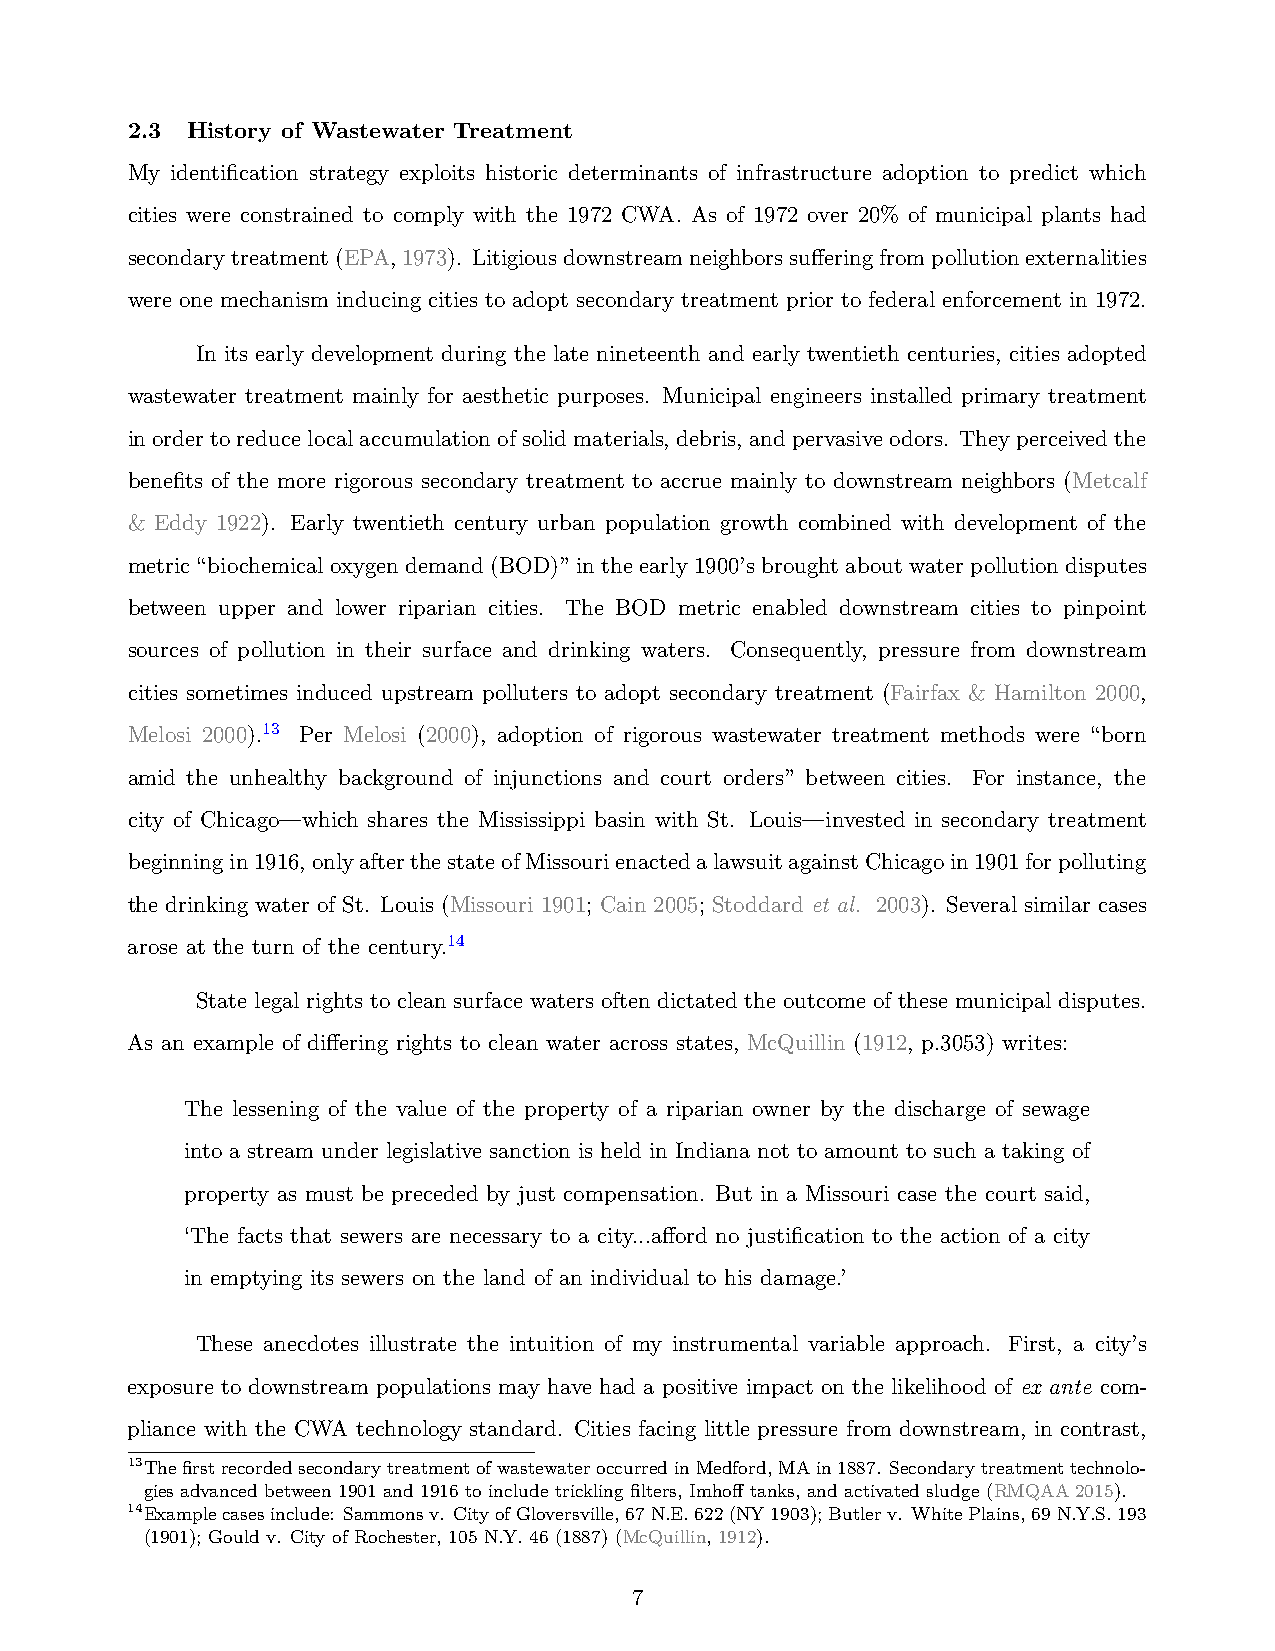
2.3 History of Wastewater Treatment
 My identification strategy exploits historic determinants of infrastructure adoption to predict which
 cities were constrained to comply with the 1972 CWA. As of 1972 over 20% of municipal plants had
 secondarytreatment(EPA,1973). Litigiousdownstreamneighborssufferingfrompollutionexternalities
 were one mechanism inducing cities to adopt secondary treatment prior to federal enforcement in 1972.
 In its early development during the late nineteenth and early twentieth centuries, cities adopted
 wastewater treatment mainly for aesthetic purposes. Municipal engineers installed primary treatment
 inordertoreducelocalaccumulationofsolidmaterials, debris, andpervasiveodors. Theyperceivedthe
 benefits of the more rigorous secondary treatment to accrue mainly to downstream neighbors (Metcalf
 & Eddy 1922). Early twentieth century urban population growth combined with development of the
 metric “biochemical oxygen demand (BOD)” in the early 1900’s brought about water pollution disputes
 between upper and lower riparian cities. The BOD metric enabled downstream cities to pinpoint
 sources of pollution in their surface and drinking waters. Consequently, pressure from downstream
 cities sometimes induced upstream polluters to adopt secondary treatment (Fairfax & Hamilton 2000,
 Melosi 2000).13 Per Melosi (2000), adoption of rigorous wastewater treatment methods were “born
 amid the unhealthy background of injunctions and court orders” between cities. For instance, the
 city of Chicago—which shares the Mississippi basin with St. Louis—invested in secondary treatment
 beginningin1916,onlyafterthestateofMissourienactedalawsuitagainstChicagoin1901forpolluting
 the drinking water of St. Louis (Missouri 1901; Cain 2005; Stoddard et al. 2003). Several similar cases
 arose at the turn of the century.14
 State legal rights to clean surface waters often dictated the outcome of these municipal disputes.
 As an example of differing rights to clean water across states, McQuillin (1912, p.3053) writes:
 The lessening of the value of the property of a riparian owner by the discharge of sewage
 into a stream under legislative sanction is held in Indiana not to amount to such a taking of
 property as must be preceded by just compensation. But in a Missouri case the court said,
 ‘The facts that sewers are necessary to a city...afford no justification to the action of a city
 in emptying its sewers on the land of an individual to his damage.’
 These anecdotes illustrate the intuition of my instrumental variable approach. First, a city’s
 exposure to downstream populations may have had a positive impact on the likelihood of ex ante com-
 pliance with the CWA technology standard. Cities facing little pressure from downstream, in contrast,
 13ThefirstrecordedsecondarytreatmentofwastewateroccurredinMedford,MAin1887. Secondarytreatmenttechnolo-
 gies advanced between 1901 and 1916 to include trickling filters, Imhoff tanks, and activated sludge (RMQAA 2015).
 14Examplecasesinclude: Sammonsv. CityofGloversville,67N.E.622(NY1903);Butlerv. WhitePlains,69N.Y.S.193
 (1901); Gould v. City of Rochester, 105 N.Y. 46 (1887) (McQuillin, 1912).
 7